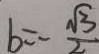
b = - \frac { \sqrt { 3 } } { 2 }